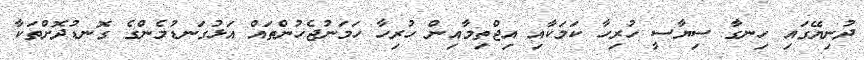
ދުނިޔޭގައި ހިނގާ ސިޔާސީ ހުރިހާ ކަމަކާއި އިޖްތިމާއިން ހުރިހާ ހަމަނުޖެހުންތައް އަޅުގަނޑުމެންގެ ގޮނޑުދޮށްތަކާ